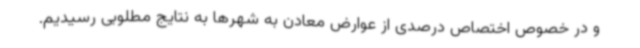
و در خصوص اختصاص درصدی از عوارض معادن به شهرها به نتایج مطلوبی رسیدیم.